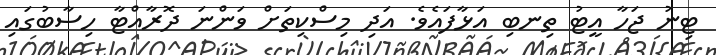
ޓިނު ޖަހާ އީޓު ތިނބި އަޅާފައެވެ. އަދި މިސްކިތަށް ވަންނަ ދޮރާއްޓާ ހިސާބުގައި